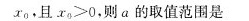
x_{0}，且x_{0}>0，则a的取值范围是 ( )